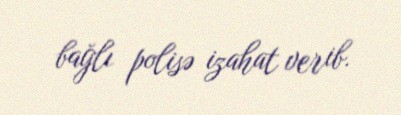
bağlı polisə izahat verib.